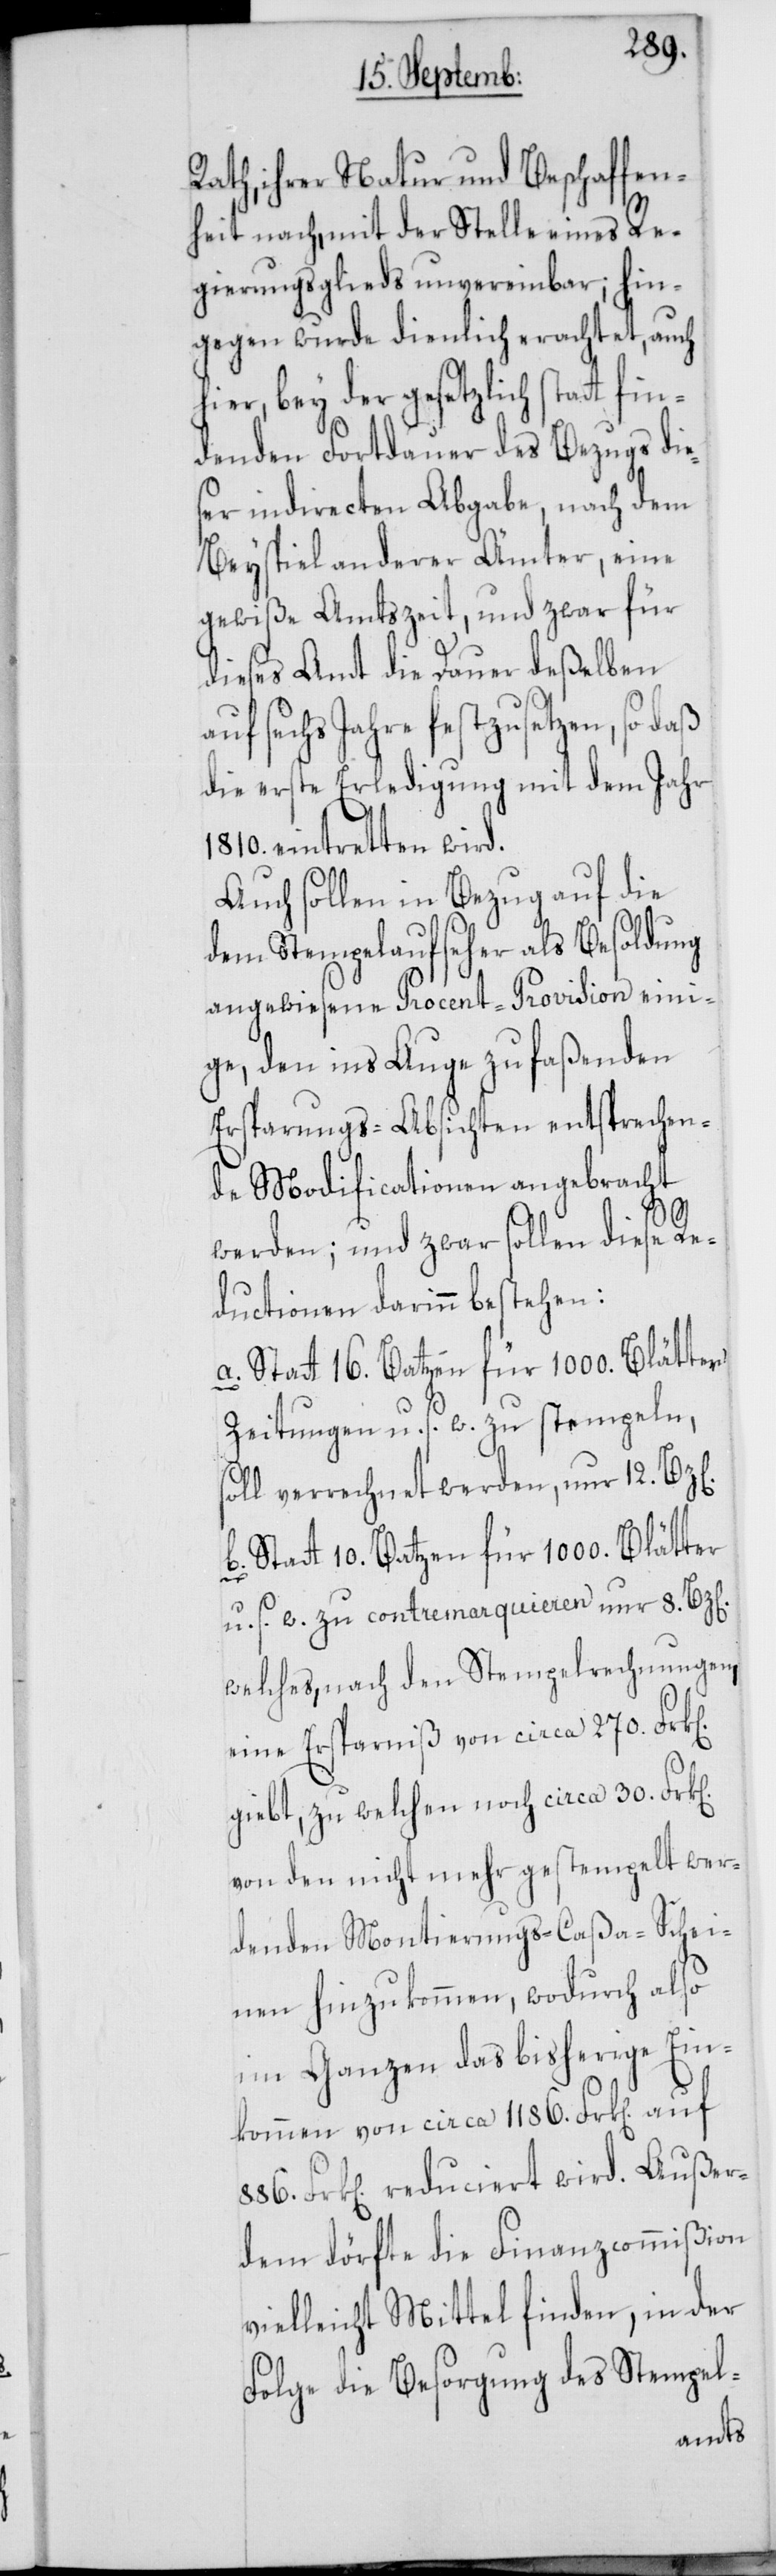
Rath, ihrer Natur und Beschaffen¬
heit nach, mit der Stelle eines Re¬
gierungsglieds unvereinbar; hin¬
gegen wurde dienlich erachtet, auch
hier, bey der gesetzlich statt fi¬
ndenden Fortdauer des Bezugs die¬
ser indirecten Abgabe, nach dem
Beyspiel anderer Ämter, eine
gewiße Amtszeit, und zwar für
dieses Amt die Dauer deßelben
sechs Jahre festzusetzen, so daß
die erste Erledigung mit dem Jahr
1810. eintretten wird.
Auch sollen in Bezug auf die
dem Stempelaufseher als Besoldung
angewiesene Procent-Provision eini¬
ge, den ins Auge zu faßenden
Ersparungs-Absichten entsprechen¬
de Modificationen angebracht
n].
werden: und zwar sollen diese Re¬
ductionen darinn bestehen:
b. Statt 10. Batzen für 1000. Blätter
Zeitungen u. s. w. zu stempeln,
soll verrechnet werden nur 12.
u. s. w. zu contremarquieren nur 8. Bz[en].
welches, nach den Stempelrechnungen,
eine Ersparniß von circa 270. Frk[e¬
giebt, zu welchen noch circa 30. Frk[e¬
von den nicht mehr gestempelt wer¬
denden Montierungs-Caßa-Schei¬
nen hinzukommen, wodurch also
im Ganzen das bisherige Ein¬
kommen von circa 1186. Frk[en]. auf
Frk[en]. reduciert wird. Außer¬
dem dörfte die Finanzcommißion
vielleicht Mittel finden, in der
Folge die Besorgung des Stempel-